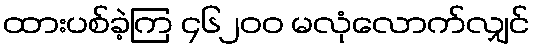
ထားပစ်ခဲ့ကြ ၄၆၂၀၀ မလုံလောက်လျှင်